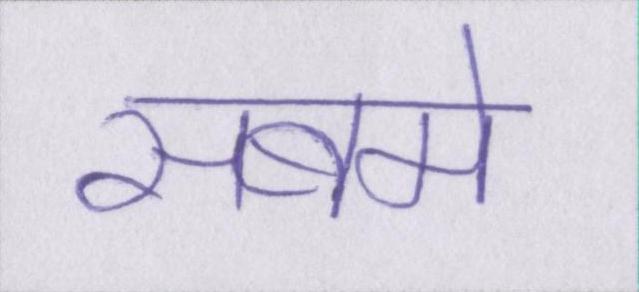
सबमे